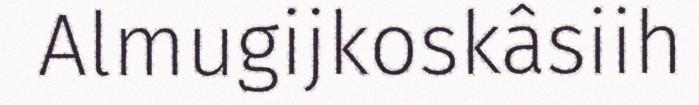
Almugijkoskâsiih